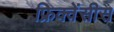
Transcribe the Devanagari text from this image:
फ्रिक्वेंसीस